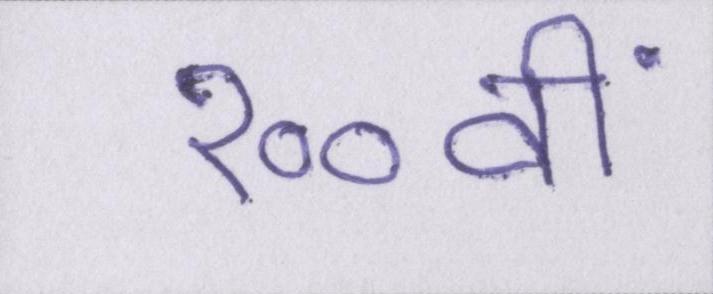
१००वीं